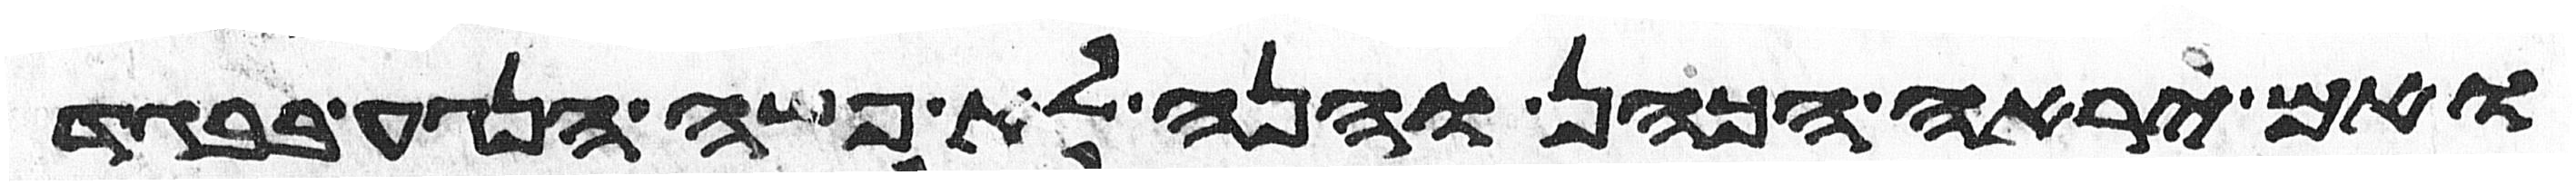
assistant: ואם יראה הכהן והנה לא פשה הנגע בבגד